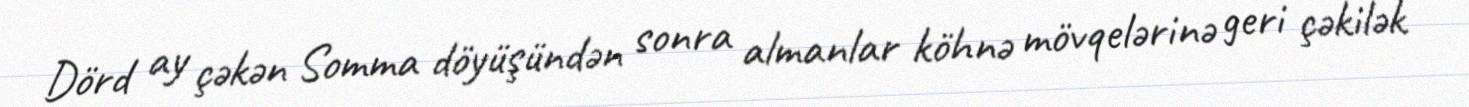
Dörd ay çəkən Somma döyüşündən sonra almanlar köhnə mövqelərinə geri çəkilək